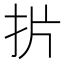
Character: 扸